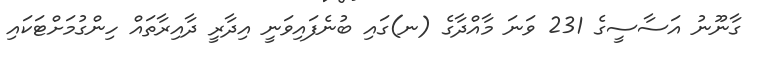
ގާނޫނު އަސާސީގެ 231 ވަަނަ މާއްދާގެ (ނ)ގައި ބުނެފައިވަނީ އިދާރީ ދާއިރާތައް ހިންގުމަށްޓަކައި